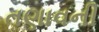
તણાવની